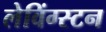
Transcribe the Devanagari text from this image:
लेविंग्स्टन